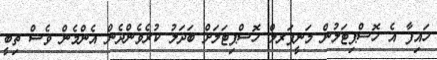
ހައިފާ އެ ހޮސްޕިޓަލުން މަނީޕަރލް ހޮސްޕިޓަލަށް ބަދަލު ކުރެވެންދެން އެންމެން ވެސް ތިބީ